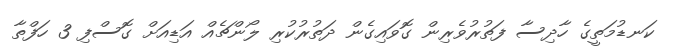
ކަނޑުމަތީގެ ހާދިސާ ފަތުރުވެރިން ގޮވައިގެން ދަތުރުކުރި ލޯންޗެއް އަޑިއަށް ގޮސްފި 3 ހަފްތާ